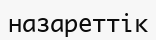
назареттік